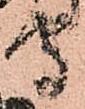
守